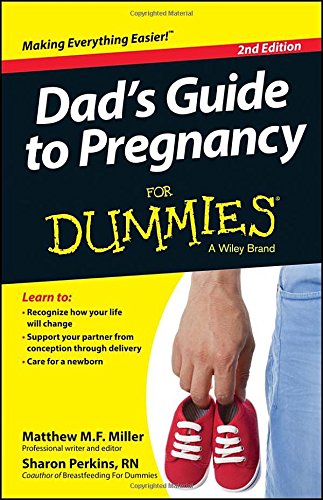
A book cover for Dad's Guide To Pregnancy For Dummies; Mathew Miller; Parenting & Relationships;